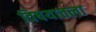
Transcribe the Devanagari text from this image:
विषयातला